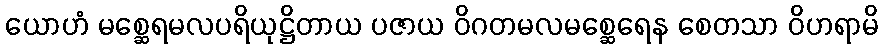
ယောဟံ မစ္ဆေရမလပရိယုဋ္ဌိတာယ ပဇာယ ဝိဂတမလမစ္ဆေရေန စေတသာ ဝိဟရာမိ